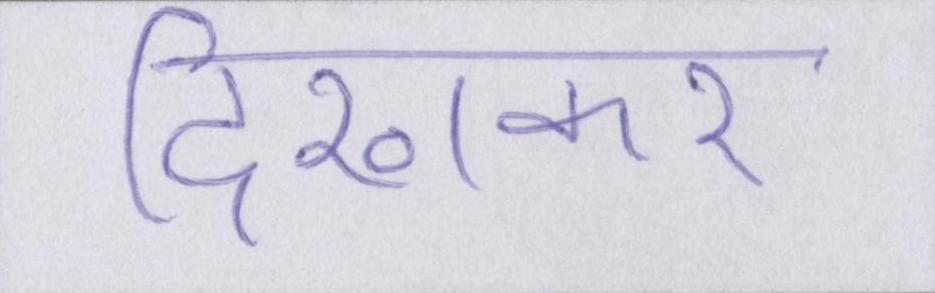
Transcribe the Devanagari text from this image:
दिखाकर